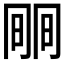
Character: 𣇱